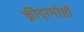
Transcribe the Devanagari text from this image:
क्रीड़ागोष्ठी